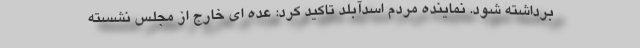
برداشته شود. نماینده مردم اسدآبلد تاکید کرد: عده ای خارج از مجلس نشسته